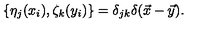
\{ \eta _ { j } ( x _ { i } ) , \zeta _ { k } ( y _ { i } ) \} = \delta _ { j k } \delta ( \vec { x } - \vec { y } ) .